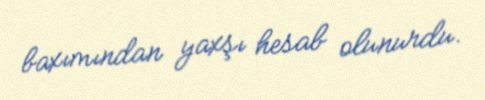
baxımından yaxşı hesab olunurdu.